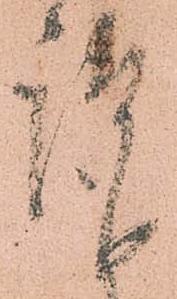
謹